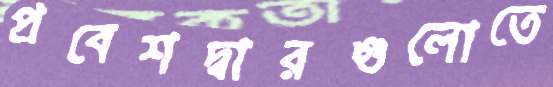
প্রবেশদ্বারগুলোতে